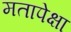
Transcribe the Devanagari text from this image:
मतापेक्षा